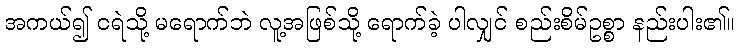
အကယ်၍ ငရဲသို့ မရောက်ဘဲ လူ့အဖြစ်သို့ ရောက်ခဲ့ ပါလျှင် စည်းစိမ်ဥစ္စာ နည်းပါး၏။